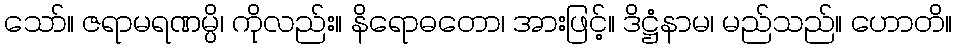
သော်။ ဇရာမရဏမ္ပိ၊ ကိုလည်း။ နိရောဓတော၊ အားဖြင့်။ ဒိဋ္ဌံနာမ၊ မည်သည်။ ဟောတိ။